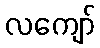
လကျော်